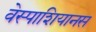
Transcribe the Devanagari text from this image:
वेस्पाशियानस